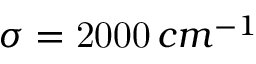
\sigma = \mathrm { 2 0 0 0 } \, c m ^ { - 1 }